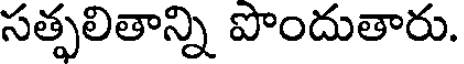
సత్ఫలితాన్ని పొందుతారు.